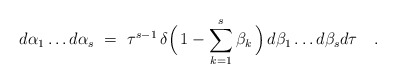
\begin{align*}d\alpha_{1}\ldots d\alpha_{s}\ =\ \tau^{s-1}\,\delta\Bigl(\,1-\sum_{k=1}^{s}\beta_{k}\,\Bigr)\,d\beta_{1}\ldots d\beta_{s}d\tau\quad.\end{align*}